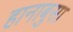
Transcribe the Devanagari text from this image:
हानाबुसा